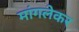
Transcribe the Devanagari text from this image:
मांगलेकर